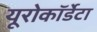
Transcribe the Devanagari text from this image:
यूरोकॉर्डेटा